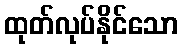
ထုတ်လုပ်နိုင်သော